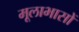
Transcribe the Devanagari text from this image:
मूलाभासों